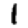
Digit: 1